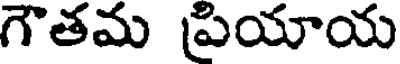
గౌతమ ప్రియాయ